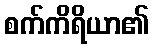
စက်ကိရိယာ၏